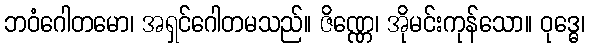
ဘဝံဂေါတမော၊ အရှင်ဂေါတမသည်။ ဇိဏ္ဏေ၊ အိုမင်းကုန်သော။ ဝုဒ္ဓေ၊